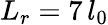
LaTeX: L_{r}=7\, l_{0}